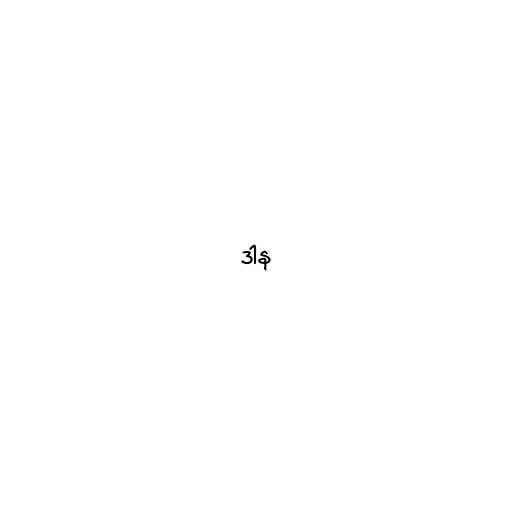
ဒါန